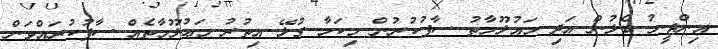
އިންޖީނު ބެލުން އަދި މައުލޫމާތު ސާފުކުރުން މިކަމާ ގުޅޭ އިތުރު މަޢުލޫމާތެއް ސާފުކުރައްވަން